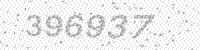
Solution: 396937